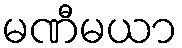
မဏီမယာ